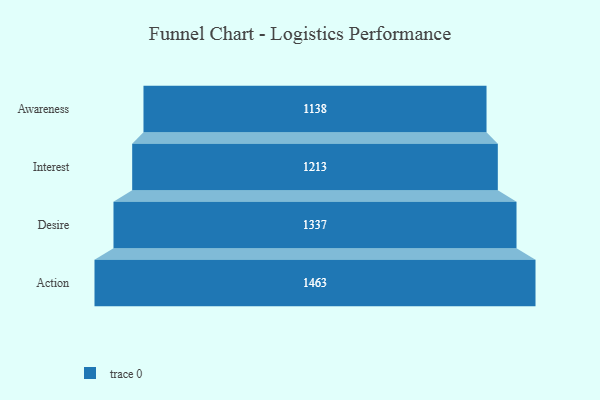
{"axis": {"x": "Stage", "y": "Value"}, "legend": [""], "data": [{"x": "Awareness", "y": 1138.0, "type": ""}, {"x": "Interest", "y": 1213.0, "type": ""}, {"x": "Desire", "y": 1337.0, "type": ""}, {"x": "Action", "y": 1463.0, "type": ""}]}